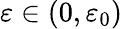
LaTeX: \varepsilon\in(0,\varepsilon_{0})